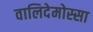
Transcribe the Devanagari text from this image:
वालिदेमोस्सा